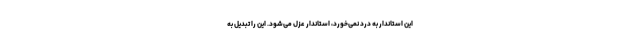
این استاندار به درد نمی‌خورد، استاندار عزل می‌شود. این را تبدیل به